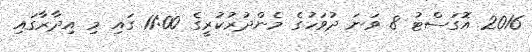
2016 އޮގަސްޓު 8 ވަނަ ދުވަހުގެ މެންދުރުކުރީގެ 11:00 ގައި މި އިދާރާގައި